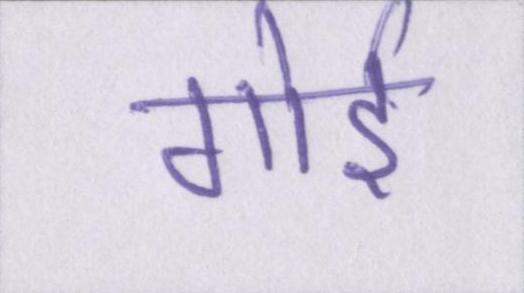
गोई